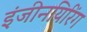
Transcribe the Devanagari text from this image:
इंजीनयिरिंग